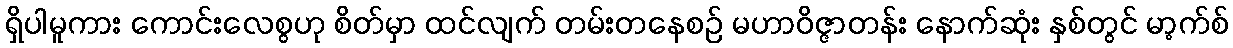
ရှိပါမူကား ကောင်းလေစွဟု စိတ်မှာ ထင်လျက် တမ်းတနေစဉ် မဟာဝိဇ္ဇာတန်း နောက်ဆုံး နှစ်တွင် မာ့က်စ်